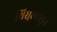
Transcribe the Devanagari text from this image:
थ्रिसुरपासून